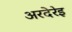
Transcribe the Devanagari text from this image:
अरदेरेइ